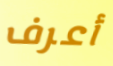
أعرف